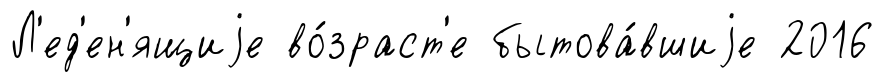
Л'ед'ен'ящиjе во́зраст'е бытова́вшиjе 2016